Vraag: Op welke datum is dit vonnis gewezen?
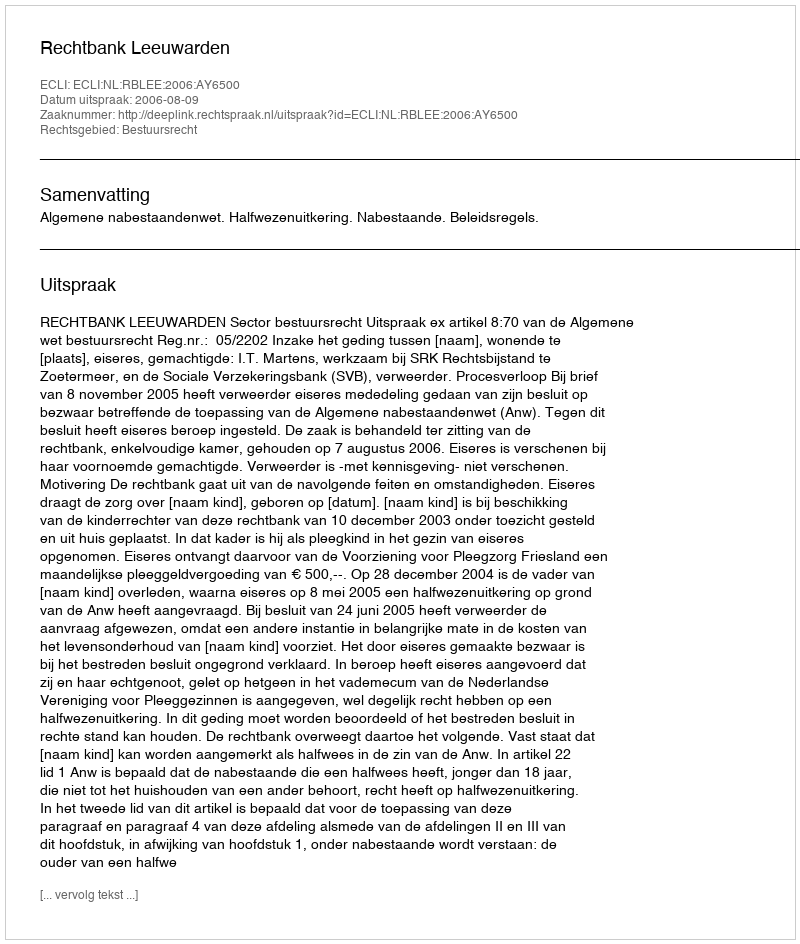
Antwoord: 2006-08-09